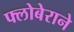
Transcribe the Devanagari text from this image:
फ्लोबेराने